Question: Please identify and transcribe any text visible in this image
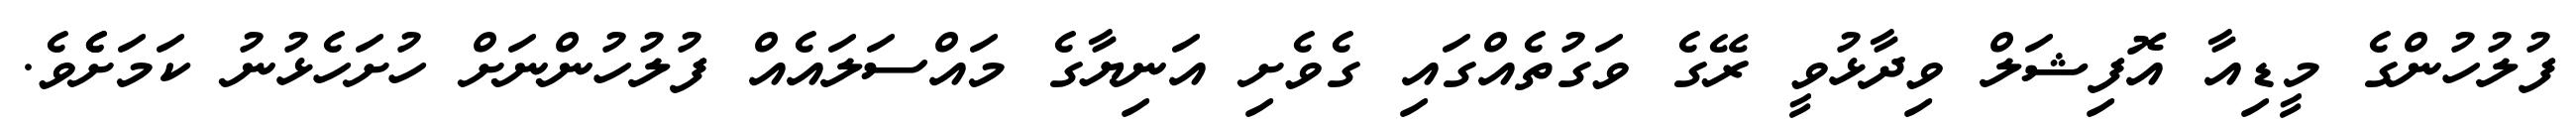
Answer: ފުލުހުންގެ މީޑިއާ އޮފިޝަލް ވިދާޅުވީ ރޭގެ ވަގުތެއްގައި ގެވެށި އަނިޔާގެ މައްސަލައެއް ފުލުހުންނަށް ހުށަހެޅުނު ކަމަށެެވެ.